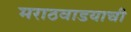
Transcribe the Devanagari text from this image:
मराठवाडयाची